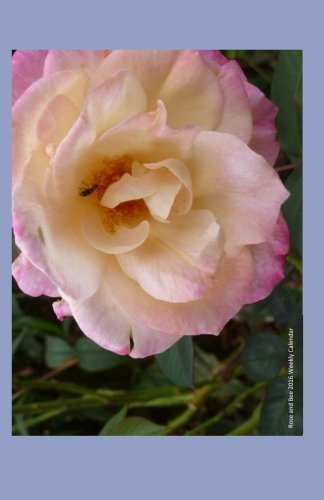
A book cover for Rose and Bee 2016 Weekly Calendar: 2016 week by week calendar with a cover photo of a pink rose with a bee; K Rose; Calendars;